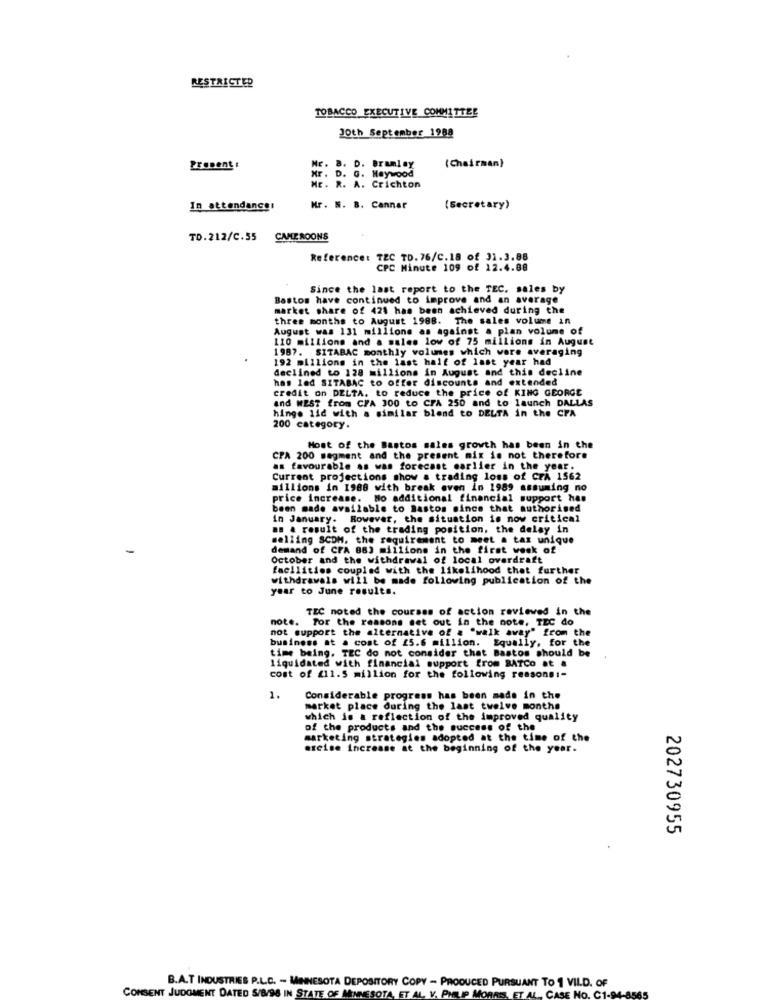
RESTRICTED
TOBACCO EXECUTIVE COMMITTEE
30th September 1988
Mr. B. D. Bramley
(Chairman)
Present :
Mr. D. G. Heywood
Mr. R. A. Crichton
In attendance:
Mr. W. 8. Cannar
[Secretary)
TD.212/C.55
CAMEROONS
Reference: TEC TD. 76/C.18 of 31.3.88
CPC Minute 109 of 12.4.88
Since the last report to the TEC. sales by
Bastos have continued to improve and an average
market share of 421 has been achieved during the
three months to August 1988. The sales volume in
August was 131 millions as against a plan volume of
110 millions and a sales low of 75 millions in August
1987. SITABAC monthly volumes which were averaging
192 millions in the last half of last year had
declined to 128 millions in August and this decline
has led SITABAC to offer discounts and extended
credit on DELTA. to reduce the price of KING GEORGE
and WEST from CFA 300 to CFA 250 and to launch DALLAS
hinge lid with a similar blend to DELTA in the CFA
200 category.
Most of the Bastos sales growth has been in the
CPA 200 megment and the present mix is not therefore
as favourable as was forecast earlier in the year.
Current projections show a trading loss of CFA 1562
millions in 1988 with break even in 1989 assuming no
price increase. No additional financial support has
been made available to Bastos since that authorised
in January. Rowever, the situation is now critical
as a result of the trading position, the delay in
selling SCDM. the requirement to meet a tax unique
demand of CFA 883 millions in the first week of
October and the withdrawal of local overdraft
facilities coupled with the likelihood that further
withdrawals will be made following publication of the
year to June results.
TEC noted the courses of action reviewed in the
note. For the reasons det out in the note. TEC do
not support the alternative of & "walk away" from the
business at a cost of 25.6 million. Equally, for the
time being. TEC do not consider that Bastos should be
liquidated with financial support from BATCo at &
cost of £11.5 million for the following reasons :-
1.
Considerable progress has been made in the
market place during the last twelve months
which is a reflection of the improved quality
of the products and the success of the
marketing strategies adopted at the time of the
excise increase at the beginning of the year.
202730955
B.A.T INDUSTRIES P.L.C. - MINNESOTA DEPOSITORY COPY - PRODUCED PURSUANT TO 1 VIL.D. OF
CONSENT JUDGMENT DATED S/8/98 IN STATE OF MINNESOTA, ET AL V. PHILIP MORRIS, ET AL ., CASE NO. C1.